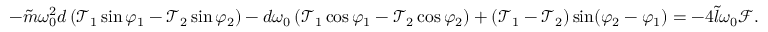
\begin{array} { r } { - \tilde { m } \omega _ { 0 } ^ { 2 } d \left( \mathcal { T } _ { 1 } \sin \varphi _ { 1 } - \mathcal { T } _ { 2 } \sin \varphi _ { 2 } \right) - d \omega _ { 0 } \left( \mathcal { T } _ { 1 } \cos \varphi _ { 1 } - \mathcal { T } _ { 2 } \cos \varphi _ { 2 } \right) + ( \mathcal { T } _ { 1 } - \mathcal { T } _ { 2 } ) \sin ( \varphi _ { 2 } - \varphi _ { 1 } ) = - 4 \tilde { l } \omega _ { 0 } \mathcal { F } . } \end{array}